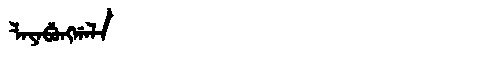
Manchu: ᠯᠠᠶᠠᠪᡠᠩᡤᠠᠯᠠ
Romanization: LAYABUNGGALA